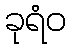
ခုရံဝ